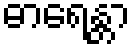
ဓာရေန္တာ